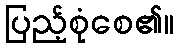
ပြည့်စုံစေ၏။